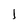
Character: 1